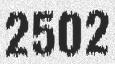
2502